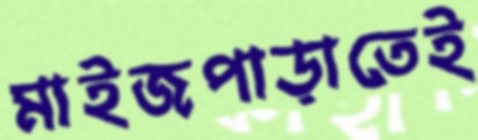
মাইজপাড়াতেই